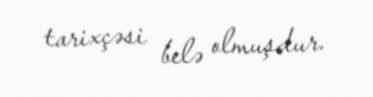
tarixçəsi belə olmuşdur.